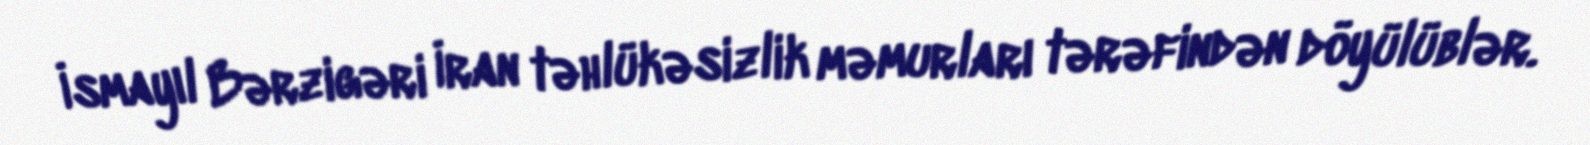
İsmayıl Bərzigəri İran təhlükəsizlik məmurları tərəfindən döyülüblər.